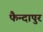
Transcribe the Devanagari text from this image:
फैन्दापुर